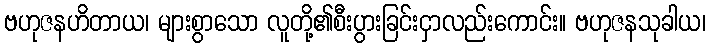
ဗဟုဇနဟိတာယ၊ များစွာသော လူတို့၏စီးပွားခြင်းငှာလည်းကောင်း။ ဗဟုဇနသုခါယ၊